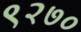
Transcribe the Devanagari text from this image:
९२७०